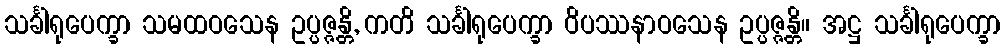
သင်္ခါရုပေက္ခာ သမထဝသေန ဥပ္ပဇ္ဇန္တိ, ကတိ သင်္ခါရုပေက္ခာ ဝိပဿနာဝသေန ဥပ္ပဇ္ဇန္တိ။ အဋ္ဌ သင်္ခါရုပေက္ခာ